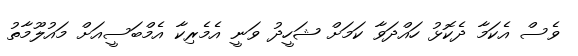
ވެސް އެކަމާ ދެކޮޅު ހައްދަވާ ކަމަށް ޝަހީދު ވަނީ އެމެރިކާ އެމްބަސީއަށް މައުލޫމާތު